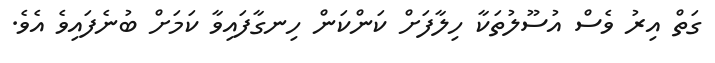
ގަތް އިރު ވެސް އުސޫލުތަކާ ހިލާފަށް ކަންކަން ހިނގާފައިވާ ކަމަށް ބުނެފައިވެ އެވެ.